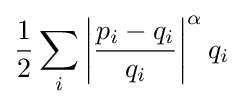
{\frac {1}{2}}\sum _{i}\left|{\frac {p_{i}-q_{i}}{q_{i}}}\right|^{\alpha }q_{i}